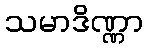
သမာဒိဏ္ဏာ